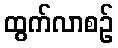
ထွက်လာစဉ်